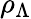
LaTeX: \rho_{\Lambda}